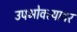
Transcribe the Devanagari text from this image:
उपभोक्त्यावर